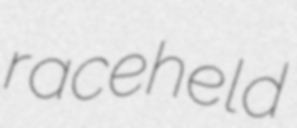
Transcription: race held